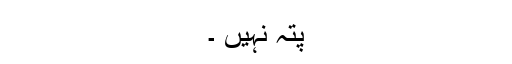
پتہ نہیں ۔